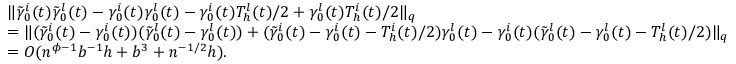
\begin{array} { r l } & { \| \tilde { \gamma } _ { 0 } ^ { i } ( t ) \tilde { \gamma } _ { 0 } ^ { l } ( t ) - \gamma _ { 0 } ^ { i } ( t ) \gamma _ { 0 } ^ { l } ( t ) - \gamma _ { 0 } ^ { i } ( t ) T _ { h } ^ { l } ( t ) / 2 + \gamma _ { 0 } ^ { l } ( t ) T _ { h } ^ { i } ( t ) / 2 \| _ { q } } \\ & { = \| ( \tilde { \gamma } _ { 0 } ^ { i } ( t ) - \gamma _ { 0 } ^ { i } ( t ) ) ( \tilde { \gamma } _ { 0 } ^ { l } ( t ) - \gamma _ { 0 } ^ { l } ( t ) ) + ( \tilde { \gamma } _ { 0 } ^ { i } ( t ) - \gamma _ { 0 } ^ { i } ( t ) - T _ { h } ^ { i } ( t ) / 2 ) \gamma _ { 0 } ^ { l } ( t ) - \gamma _ { 0 } ^ { i } ( t ) ( \tilde { \gamma } _ { 0 } ^ { l } ( t ) - \gamma _ { 0 } ^ { l } ( t ) - T _ { h } ^ { l } ( t ) / 2 ) \| _ { q } } \\ & { = O ( n ^ { \phi - 1 } b ^ { - 1 } h + b ^ { 3 } + n ^ { - 1 / 2 } h ) . } \end{array}